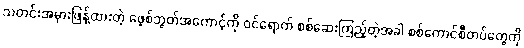
သတင်းအမှားဖြန့်ထားတဲ့ ဖေ့စ်ဘွတ်အကောင့်ကို ဝင်ရောက် စစ်ဆေးကြည့်တဲ့အခါ စစ်ကောင်စီတပ်တွေကို